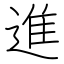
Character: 進